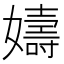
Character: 嬦